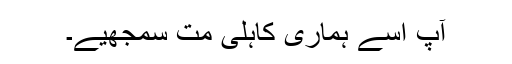
آپ اسے ہماری کاہلی مت سمجھیے۔